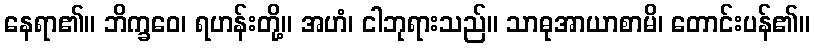
နေရာ၏။ ဘိက္ခဝေ၊ ရဟန်းတို့။ အဟံ၊ ငါဘုရားသည်။ သာဓုအာယာစာမိ၊ တောင်းပန်၏။